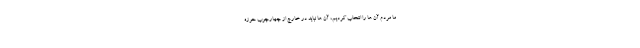
ما مردم آن ها را انتخاب کردیم، آن ها نباید در خارج از چهارچوب حوزه